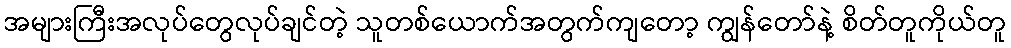
အများကြီးအလုပ်တွေလုပ်ချင်တဲ့ သူတစ်ယောက်အတွက်ကျတော့ ကျွန်တော်နဲ့ စိတ်တူကိုယ်တူ